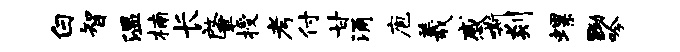
白智温楠长肇授考付甘涌庖羲感嘶剡螺黝吟